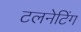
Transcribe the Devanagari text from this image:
टलनेटिंग